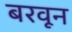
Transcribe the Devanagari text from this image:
बरवून